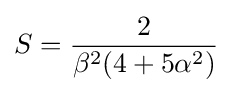
S={\frac {2}{\beta ^{2}(4+5\alpha ^{2})}}